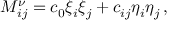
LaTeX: M _ { i j } ^ { \nu } = c _ { 0 } \xi _ { i } \xi _ { j } + c _ { i j } \eta _ { i } \eta _ { j } \, ,